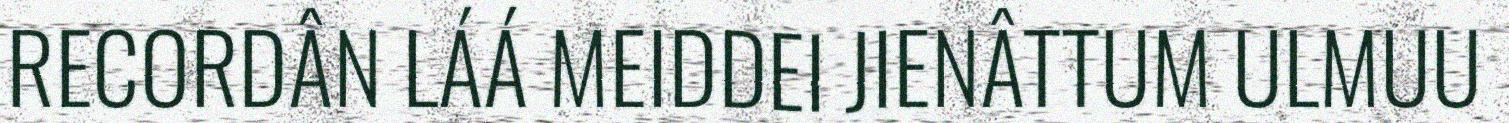
RECORDÂN LÁÁ MEIDDEI JIENÂTTUM ULMUU